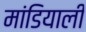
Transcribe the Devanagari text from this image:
मांडियाली